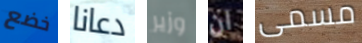
خضع دعانا وزير ان مسمى